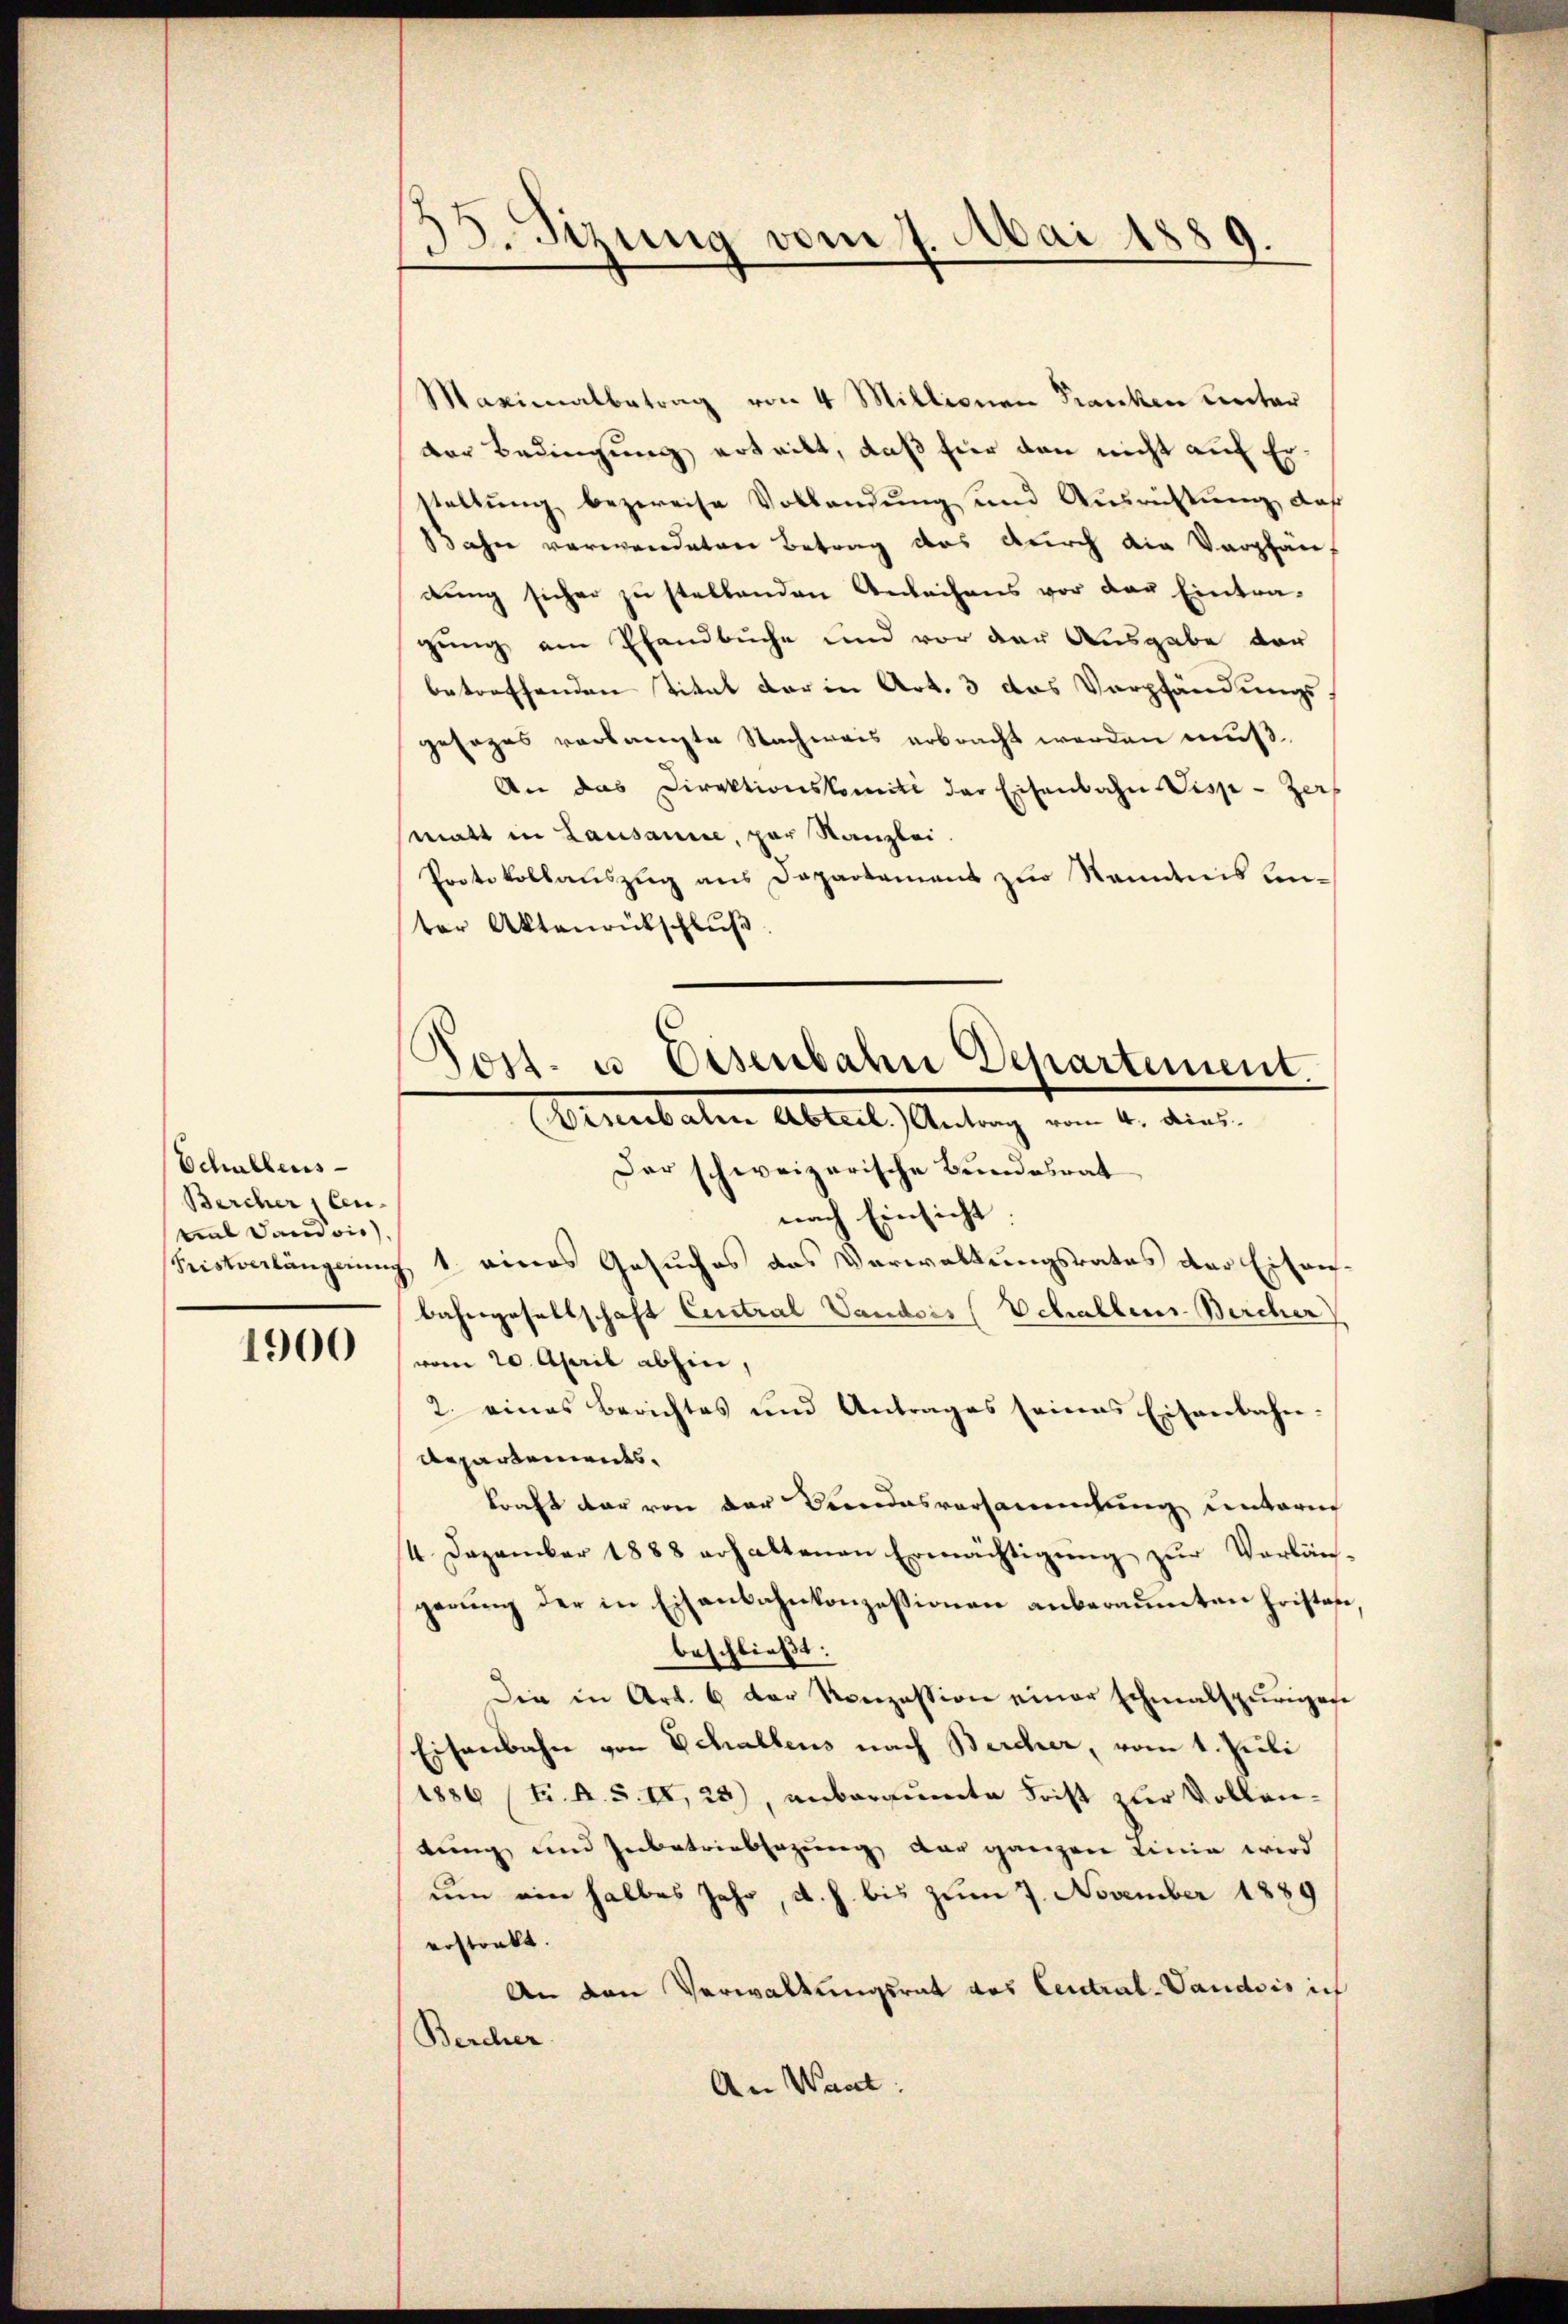
Schullens-
Bercher Cen-
tea Land vie

1900

35. Sizung vom 7. Mai 1889.

Maximalbetrag von 4 Millionen Franken unter
der Bedingung ertritt, daß für den nicht auf Erstellung bezweife Vollendung und Ausrichtung, daß
Jahre verwendeten Betrag das durch die Vorpläuf
dŭng sicher zu stellenden Anleihens vor der Eintra-
gung am Pfandbuche und vor der Ausgabe vor
betreffenden Titel der in Art. 3 das Verpfändungs-
gesages verlangte Nachweis erbracht werden muß.
An das Direktionskomité der Eisenbahn Disp. Zers
matt in Lausanne, par Kanzlei.
Protokollauszug aus Departement zur Namanis unter Aktenrütschluß
Der schweizerische Bundesrat
nach Einsicht.
Kristverlängerung 1. eines Gesuches das Verwaltungsrates der Eisen-
bahngesellschaft Central Vanders (Schallen Bercher
vom 20. April abhin,
2. eines Berichtes und Antrages seines Eisenbahn-
Repartements.
kraft dar von der Bundesversammlung untere
4 Dezember 1888 erhaltenen Ermächtigŭng zŭr Verlän-
gerŭng der in Eisenbahnkonzessionen anberaumten Fristete,
beschließt:
Die in Art. 6 der Konzession einer schmalspurigese
Eisenbahn von Echallens nach Bercher, vom 1. Juli
1886 (tr. A. S. II, 23), unberaumte Frist zur Vollentung und Zubetriebsazung der ganzen Linie wird
um ein halbes Jahr, d. h. bis zum 7. November 1889
erstarkt.
An den Verwaltungsrat das Central-Vaudois ich
Bercher
An Want:

ost. u. Eisenbahn Departement.
(Visenbale Abteil. Antrag vom 4. dies